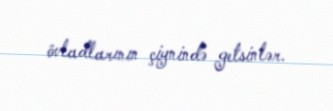
övladlarının çiynində getsinlər.